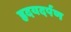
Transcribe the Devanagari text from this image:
हृदयदर्पण